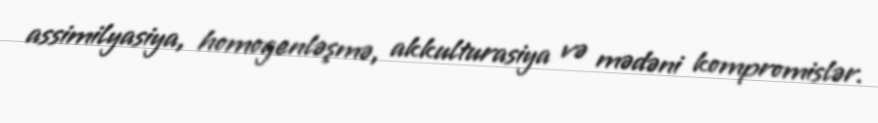
assimilyasiya, homogenləşmə, akkulturasiya və mədəni kompromislər.